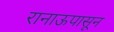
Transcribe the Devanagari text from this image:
रानाऊपासून